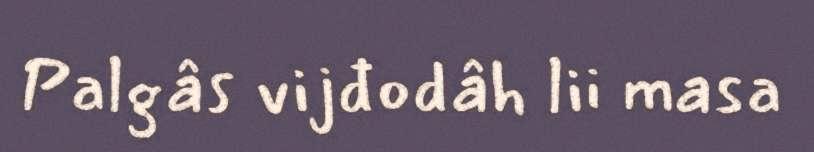
Palgâs vijđodâh lii masa